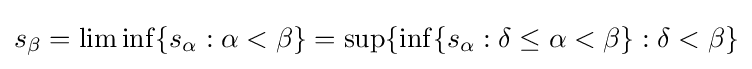
s_{\beta }=\liminf\{s_{\alpha }:\alpha <\beta \}=\sup\{\inf\{s_{\alpha }:\delta \leq \alpha <\beta \}:\delta <\beta \}